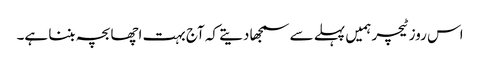
اس روز ٹیچر ہمیں پہلے سے سمجھا دیتے کہ آج بہت اچھا بچہ بننا ہے۔